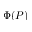
\Phi ( P )